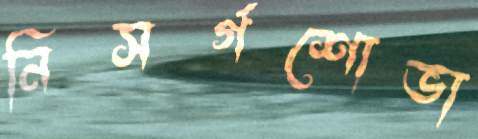
নিসর্গশোভা